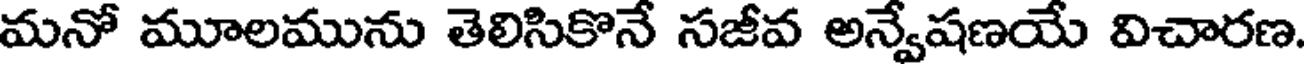
మనో మూలమును తెలిసికొనే సజీవ అన్వేషణయే విచారణ